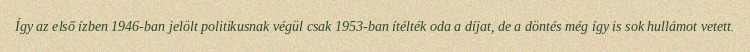
Így az első ízben 1946-ban jelölt politikusnak végül csak 1953-ban ítélték oda a díjat, de a döntés még így is sok hullámot vetett.